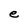
Character: e